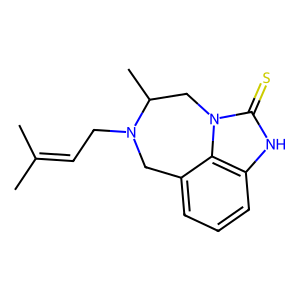
SMILES: CC(C)=CCN1Cc2cccc3[nH]c(=S)n(c23)CC1C
Inhibits HIV replication: Yes